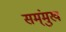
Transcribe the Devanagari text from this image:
सम्ंमुख